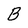
Character: B